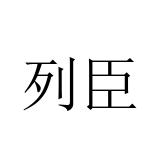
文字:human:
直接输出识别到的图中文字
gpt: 列臣